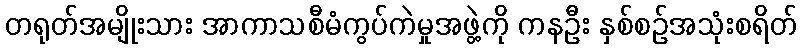
တရုတ်အမျိုးသား အာကာသစီမံကွပ်ကဲမှုအဖွဲ့ကို ကနဦး နှစ်စဉ်အသုံးစရိတ်